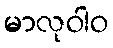
မာလုဝါဝ